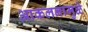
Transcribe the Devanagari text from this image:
आकलनामुळे